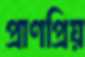
প্রাণপ্রিয়